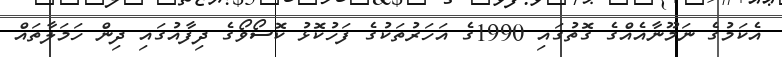
އެކަމުގެ ނަމޫނާއެއްގެ ގޮތުގައި 1990ގެ އަހަރުތަކުގެ ފަހުކޮޅު ކޮސޯވޯގެ ދިފާއުގައި ދިން ހަމަލާތައް